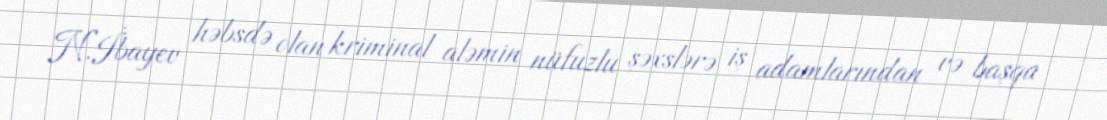
N.İbayev həbsdə olan kriminal aləmin nüfuzlu şəxslərə iş adamlarından və başqa